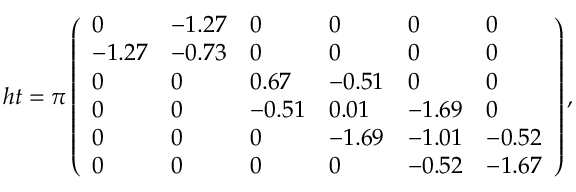
h t = \pi \left( \begin{array} { l l l l l l } { 0 } & { - 1 . 2 7 } & { 0 } & { 0 } & { 0 } & { 0 } \\ { - 1 . 2 7 } & { - 0 . 7 3 } & { 0 } & { 0 } & { 0 } & { 0 } \\ { 0 } & { 0 } & { 0 . 6 7 } & { - 0 . 5 1 } & { 0 } & { 0 } \\ { 0 } & { 0 } & { - 0 . 5 1 } & { 0 . 0 1 } & { - 1 . 6 9 } & { 0 } \\ { 0 } & { 0 } & { 0 } & { - 1 . 6 9 } & { - 1 . 0 1 } & { - 0 . 5 2 } \\ { 0 } & { 0 } & { 0 } & { 0 } & { - 0 . 5 2 } & { - 1 . 6 7 } \end{array} \right) ,